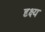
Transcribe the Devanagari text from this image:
दृक्ष्य